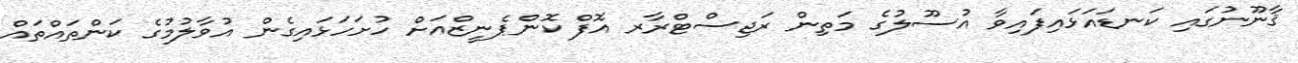
ޤާނޫނުގައި ކަނޑައަޅައިފައިވާ އުސޫލުގެ މަތިން ރަޖިސްޓްރާރ އޮފް ކޮންޕެނީޒްއަށް ހުށަހަޅައިގެން އުވާލުމުގެ ކަންތައްތައް